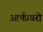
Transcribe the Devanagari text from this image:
आर्षप्रवरो